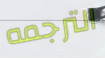
الترجمه